Indian journal of veterinary science and animal husbandry - Volume 10,
Year: 1940
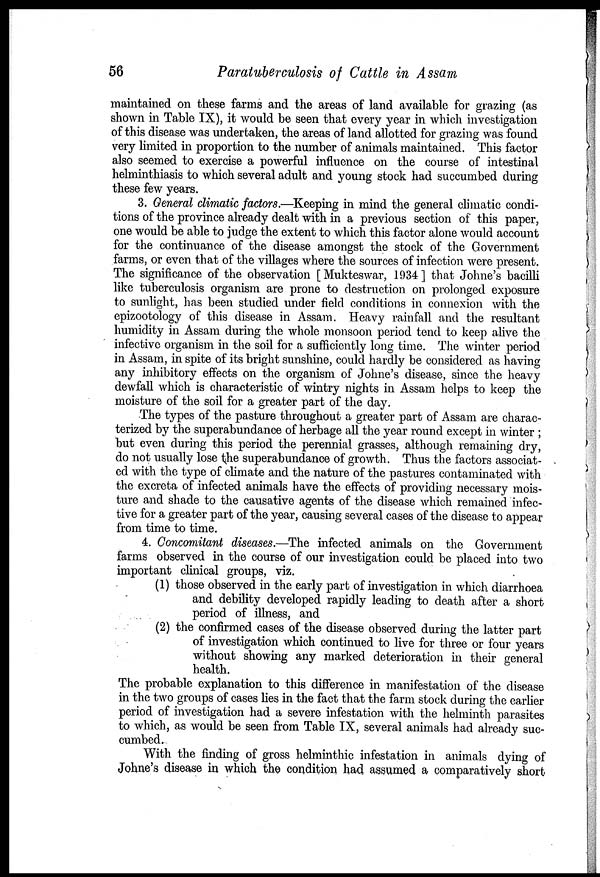
56
Paratuberculosis of Cattle in Assam
maintained on these farms and the areas of land available for grazing (as
shown in Table IX), it would be seen that every year in which investigation
of this disease was undertaken, the areas of land allotted for grazing was found
very limited in proportion to the number of animals maintained. This factor
also seemed to exercise a powerful influence on the course of intestinal
helminthiasis to which several adult and young stock had succumbed during
these few years.
3. General climatic factors.—Keeping in mind the general climatic condi-
tions of the province already dealt with in a previous section of this paper,
one would be able to judge the extent to which this factor alone would account
for the continuance of the disease amongst the stock of the Government
farms, or even that of the villages where the sources of infection were present.
The significance of the observation [Mukteswar, 1934] that Johne's bacilli
like tuberculosis organism are prone to destruction on prolonged exposure
to sunlight, has been studied under field conditions in connexion with the
epizootology of this disease in Assam. Heavy rainfall and the resultant
humidity in Assam during the whole monsoon period tend to keep alive the
infective organism in the soil for a sufficiently long time. The winter period
in Assam, in spite of its bright sunshine, could hardly be considered as having
any inhibitory effects on the organism of Johne's disease, since the heavy
dewfall which is characteristic of wintry nights in Assam helps to keep the
moisture of the soil for a greater part of the day.
The types of the pasture throughout a greater part of Assam are charac-
terized by the superabundance of herbage all the year round except in winter ;
but even during this period the perennial grasses, although remaining dry,
do not usually lose the superabundance of growth. Thus the factors associat-
ed with the type of climate and the nature of the pastures contaminated with
the excreta of infected animals have the effects of providing necessary mois-
ture and shade to the causative agents of the disease which remained infec-
tive for a greater part of the year, causing several cases of the disease to appear
from time to time.
4. Concomitant diseases.—The infected animals on the Government
farms observed in the course of our investigation could be placed into two
important clinical groups, viz.
(1) those observed in the early part of investigation in which diarrhoea
and debility developed rapidly leading to death after a short
period of illness, and
(2) the confirmed cases of the disease observed during the latter part
of investigation which continued to live for three or four years
without showing any marked deterioration in their general
health.
The probable explanation to this difference in manifestation of the disease
in the two groups of cases lies in the fact that the farm stock during the earlier
period of investigation had a severe infestation with the helminth parasites
to which, as would be seen from Table IX, several animals had already suc-
cumbed.
With the finding of gross helminthic infestation in animals dying of
Johne's disease in which the condition had assumed a comparatively short